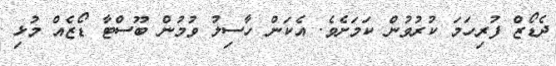
ދެޑޯޒް ފުރިހަމަ ކުރުވުން ކަމަށެވެ. އެކަން ހާސިލު ވުމުން ބޫސްޓާ ޑޯޒެއް މުޅި